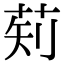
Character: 𬜱